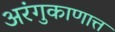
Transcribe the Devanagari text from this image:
अरंगुकाणात्त